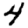
Digit: 4